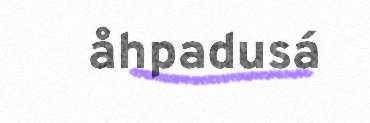
åhpadusá